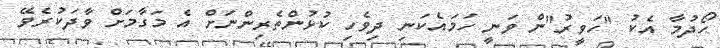
ހޯދުމާ އެކު "ހަވީރު"ން ވަނީ ހަމައެކަނި ދިވެހި ކުޅުންތެރިންނަށް އެ މަގާމަށް ވާދަކުރެވޭ